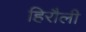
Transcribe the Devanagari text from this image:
हिरौली